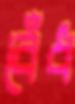
বেঁধ